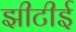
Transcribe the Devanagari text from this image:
झीटीई